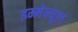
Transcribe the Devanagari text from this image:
इम्मेन्यूल